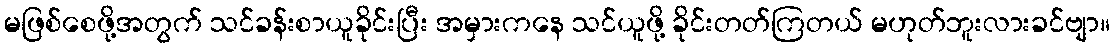
မဖြစ်စေဖို့အတွက် သင်ခန်းစာယူခိုင်းပြီး အမှားကနေ သင်ယူဖို့ ခိုင်းတတ်ကြတယ် မဟုတ်ဘူးလားခင်ဗျာ။